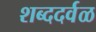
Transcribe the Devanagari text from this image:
शब्ददर्वळ